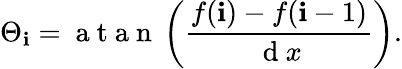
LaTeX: \Theta_{\mathbf{i}}=\mathrm{{~a~t~a~n~}}\left(\frac{{f(\mathbf{i})-f(\mathbf{i}-1)}}{{\mathrm{{~d~}}x}}\right).